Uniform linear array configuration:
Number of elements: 8
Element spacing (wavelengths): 0.5
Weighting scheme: kaiser
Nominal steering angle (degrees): -60
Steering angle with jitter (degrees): -59.543
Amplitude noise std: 0.05
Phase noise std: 0.05

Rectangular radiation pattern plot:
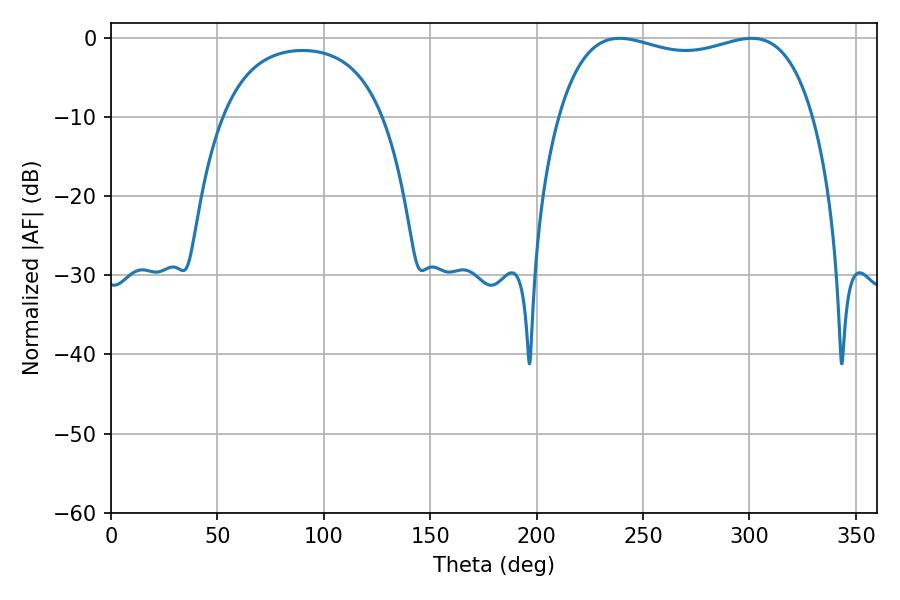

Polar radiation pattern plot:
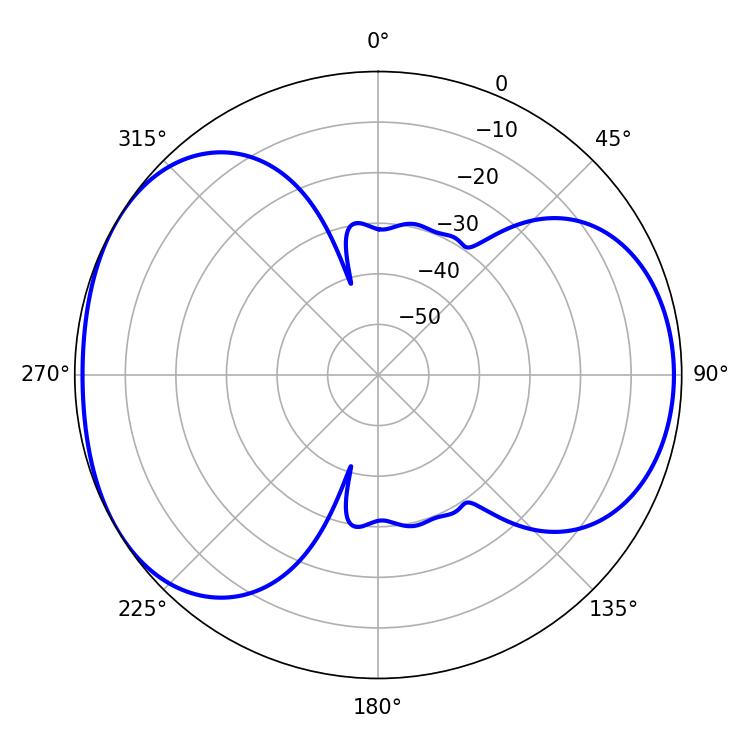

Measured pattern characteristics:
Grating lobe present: FALSE
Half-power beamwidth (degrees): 97.56
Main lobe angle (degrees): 300.96